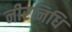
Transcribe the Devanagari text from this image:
नीरनिधि